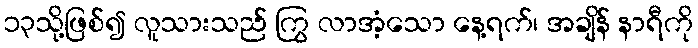
၁၃သို့ဖြစ်၍ လူသားသည် ကြွ လာအံ့သော နေ့ရက်၊ အချိန် နာရီကို